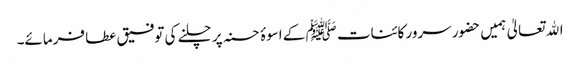
اﷲ تعالیٰ ہمیں حضور سرور کائنات ﷺ کے اسوۂ حسنہ پر چلنے کی توفیق عطا فرمائے۔